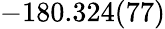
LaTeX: -180.324(77)